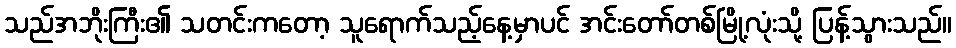
သည်အဘိုးကြီး၏ သတင်းကတော့ သူရောက်သည့်နေ့မှာပင် အင်းတော်တစ်မြို့လုံးသို့ ပြန့်သွားသည်။